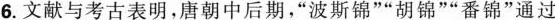
6.文献与考古表明，唐朝中后期，”波斯锦””胡锦””番锦”通过